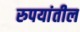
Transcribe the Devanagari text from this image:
रुपयांतील